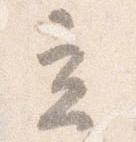
立